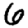
Digit: 6